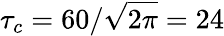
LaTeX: \tau_{c}=60/\sqrt{2\pi}=24